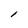
Character: l